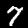
Label: 7